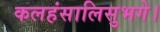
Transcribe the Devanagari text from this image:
कलहंसालिसुभगे।